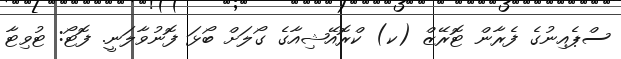
ސްޕެއިނުގެ ފެރާން ޓޮރޭޒް (ކ) ކްރޮއޭޝިއާގެ ގޯލަށް ބޯޅަ ފޮނުވާލަނީ. ފޮޓޯ: ޓުވިޓާ